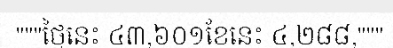
"""ថ្ងៃនេះ ៤៣,៦០១ខែនេះ ៤,២៨៨,"""